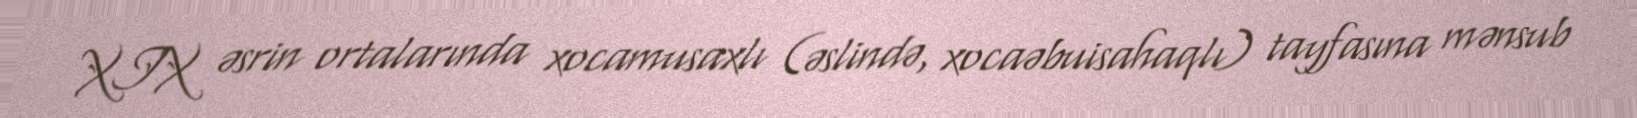
XIX əsrin ortalarında xocamusaxlı (əslində, xocaəbuisahaqlı) tayfasına mənsub